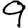
Digit: 9